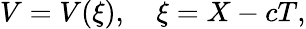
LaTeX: V=V(\xi),\quad\xi=X-cT,